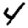
Digit: 4